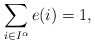
\begin{align*}\sum_{i\in I^{\alpha}}e(i)=1,\end{align*}